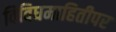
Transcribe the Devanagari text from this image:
विविधमाहितीपर